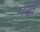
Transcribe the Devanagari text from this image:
पंखें